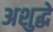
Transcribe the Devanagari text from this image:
अशुद्धे